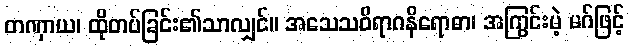
တဏှာယ၊ ထိုတပ်ခြင်း၏သာလျှင်။ အသေသဝိရာဂနိရောဓာ၊ အကြွင်းမဲ့ မဂ်ဖြင့်